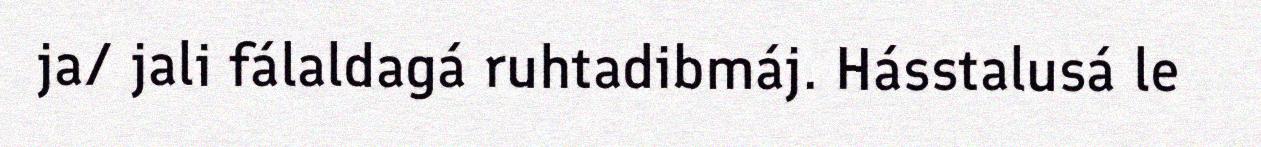
ja/ jali fálaldagá ruhtadibmáj. Hásstalusá le